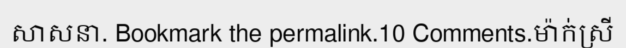
សាសនា. Bookmark the permalink.10 Comments.ម៉ាក់ស្រី